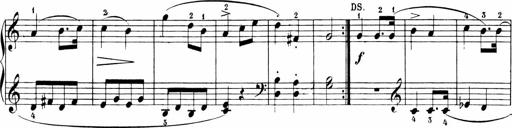
Title: 6 Sonatinas
Composer: Carl Reinecke